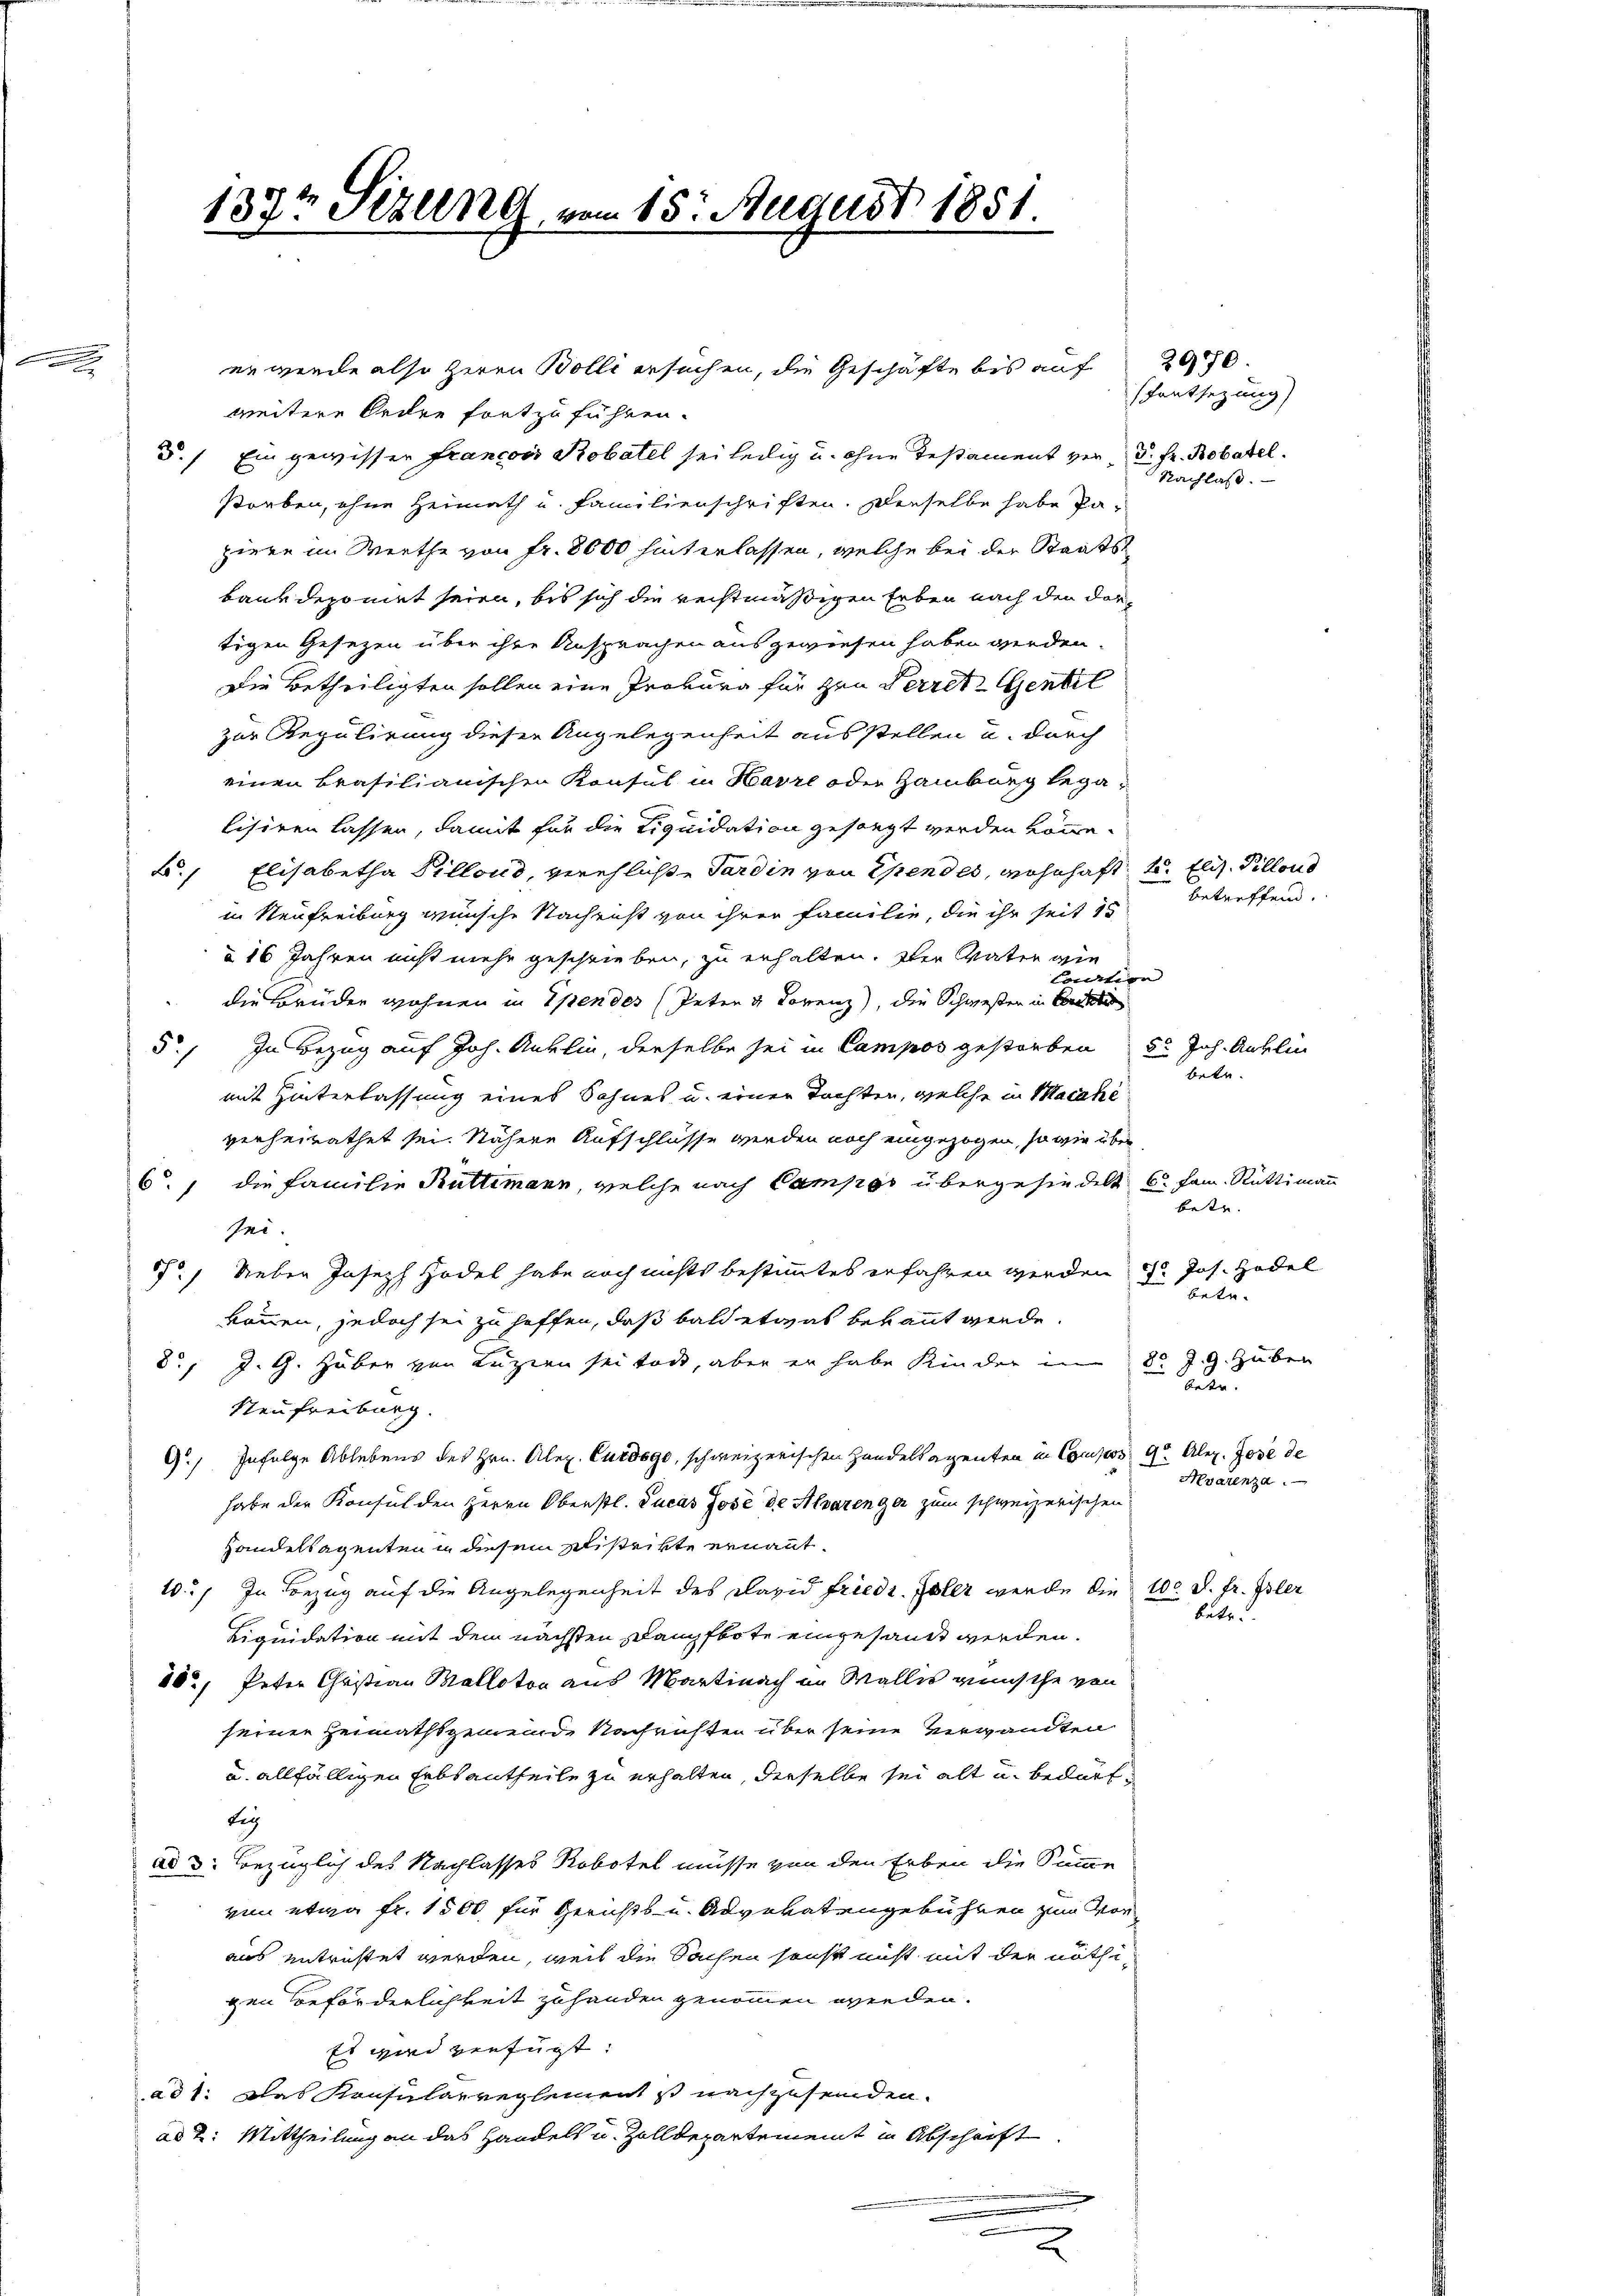
137t Sezung vom 15. August 1851.

5.) Ein gewisser Francois Robatel sei heilig u. ohne Testament vor 3. Fr. Robatel.
storben, ohne Heimath u. Familienschriften. Derselbe habe Papiere im Werthe von Fr. 8000 hinterlassen, welche bei der Staatsbank deponirt seien, bis sich die rechtmäßigen Erben nach den dortigen Gesezen über ihre Ansprachen ausgewiesen haben werden.
Die Betheiligten sollen eine Proburg für zun Perretentil
zur Regulirung dieser Angelegenheit ausstellen u. durch
einen Brasilianischen Konsul in Havre oder Hamburg legalisiren lassen, damit für die Liquidation gesagt werden könne.
C. Elisabetha Pillons, verehliche Pardin von Ehrendes, wohnhaft, u. Elis. Pillond
in Neufreiburg wünsche Nachricht von ihrer Familie, die ihr seit 15
à 16 Jahren nicht mehr geschrieben, zu erhalten. Der Vater wie
Cortion
die Brüder wohnen in Spendes Peten v Lorenz), die Schwesten in Berati
5., In Bezug auf Joh. Anklin, derselbe sei in Campos gestorben d. Joh. Anklin
mit Hinterlassung eines Sohnes u. einer Tochten, welche in Macahe
verheirathet sei. Nähere Aufschlüsse werden noch eingezogen, so wie über
6. die Familie Rüttimann, welche nach Campgs übergehindelt 6. Jan. Rüttimann
sei.
57.) Neben Joseph Hodel habe noch nichts bestimmtes erfahren werden
können, jedoch sei zu hoffen, daß bald etwas bekannt werde.
83
8.) J. G. Haber von Luzien sei tode, aber er habe Kinder in
Neufreiburg.
G. Infolge Ablebens des Hrn. Alex. Curdogo, schweizerischen Handelsagenten in Compos der Alex. Jose de
habe der Konsul den Herrn Oberstl. Lucas Jose de Alvarenga zum schweizerischen
Handelsagenten in diesem Distrikte ernannt.
10.) In Bezug auf die Angelegenheit des David Friedr. Galer werde die
Liquidation mit dem nächsten Dampfbote eingesandt werden.
10, Peter Christian Mallotos aus Martinach im Wallis wünsche von
seiner Heimathsgemeinde Nachrichten über seine Verwandten
u. allfälligen Erbsantheile zu erhalten, derselbe sei alt und bedarf
beg
ad 3. Bezüglich des Nachlasses Robotel müsse von den Erben die Summe
von etwa Fr. 1500 für Gerichts- u. Advokatengebühren zum Vor
aus entrichtet werden, weil die Sachen sonst nicht mit der nöthigen beförderlichkeit zuhanden genommen werden.
Es wird verfügt:
ad 1. Das Konsularreglement ist nachzusenden.
ad 2. Mittheilung an das Handels u. Zolldepartemeint in Abschrift
.

er werde also heren Bolli ersuchen, die Geschäfte bis auf
weitere Ordre fortzuführen.

2970.
entsetzung
Nachlaß.

betreffend.

betr.

betr.
Jos. Hodel
25
betr.
J. G. Zuben
betr.
Hvarenza.
100. d. fr. Isler
betr.